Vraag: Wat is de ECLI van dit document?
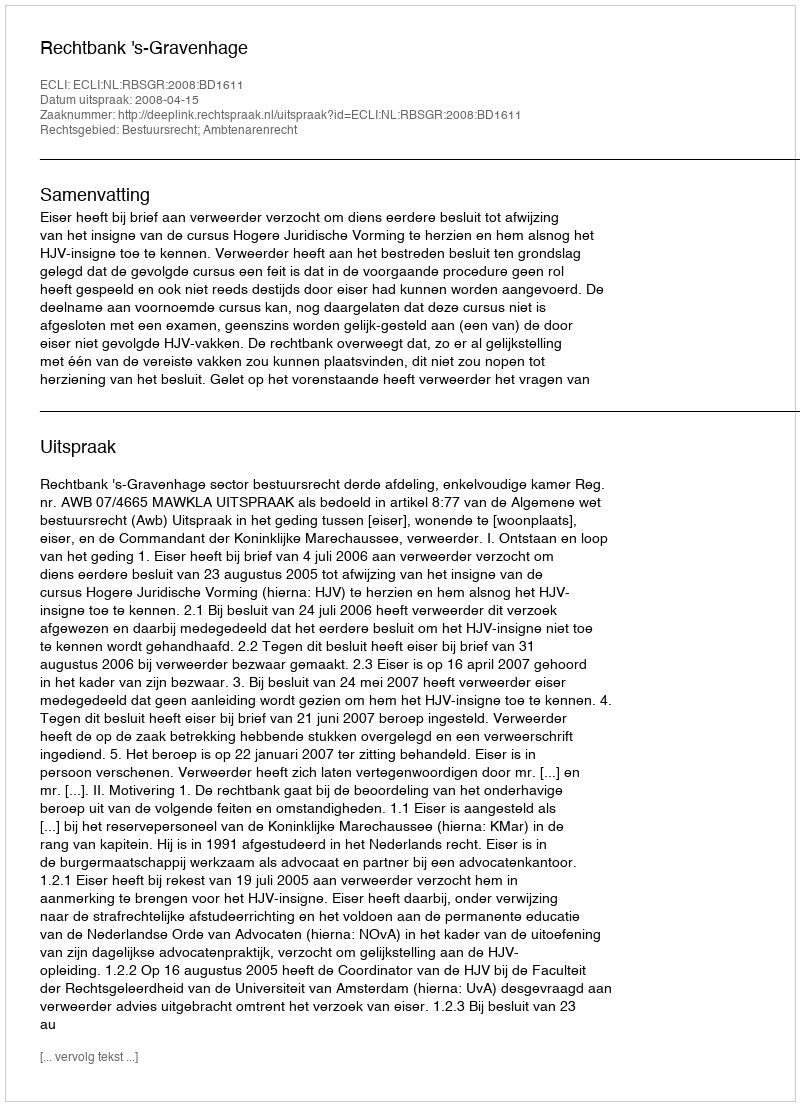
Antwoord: ECLI:NL:RBSGR:2008:BD1611